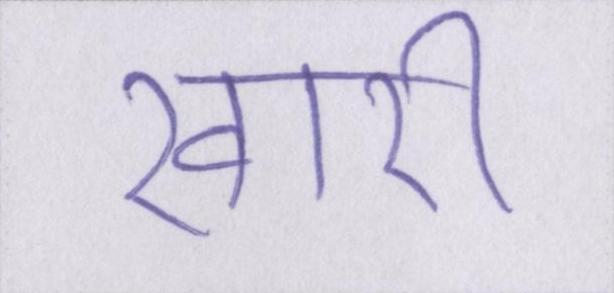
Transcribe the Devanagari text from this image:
खारी